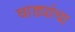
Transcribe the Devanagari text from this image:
वाड्यांचा